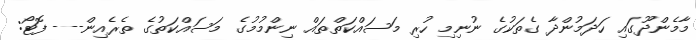
މާމެންދޫގައި ހަދަމުންދާ ގެތަކުގެ ނުނިމި ހުރި މަސައްކަތްތައް ނިންމުމުގެ މަސައްކަތުގެ ތެރެއިން--- ފޮޓޯ: